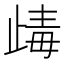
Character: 𣥽